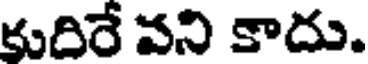
కుదిరే వని కాదు.